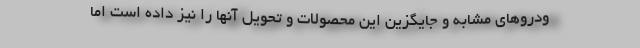
ودروهای مشابه و جایگزین این محصولات و تحويل آنها را نیز داده است اما